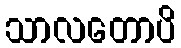
သာလတောပိ